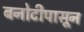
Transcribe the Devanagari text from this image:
बनोटीपासून